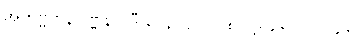
အဘဗ္ဗဋ္ဌာနဝဏ္ဏနာ၊ ဒီဃ-၃-ပါ-၁၀၈၊ ဋ္ဌ-၉၆။ ပါ-၁၉၆။